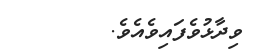
ވިދާޅުވެފައިވެއެވެ.